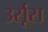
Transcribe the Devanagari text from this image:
उर्सूस